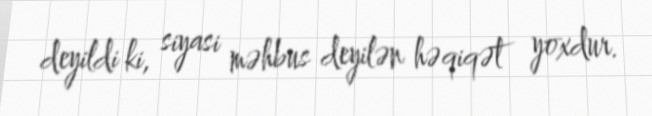
deyildi ki, siyasi məhbus deyilən həqiqət yoxdur.